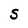
Character: S